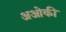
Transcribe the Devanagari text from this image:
अओकी